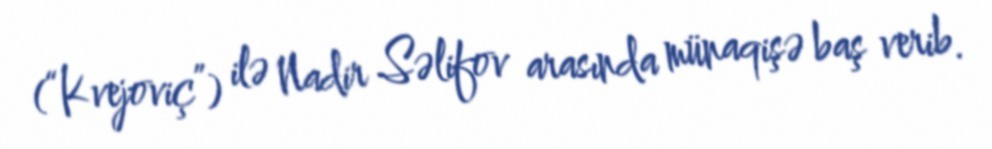
(“Kvejoviç”) ilə Nadir Səlifov arasında münaqişə baş verib.